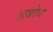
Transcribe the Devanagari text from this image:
अजोव